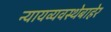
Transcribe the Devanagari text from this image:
न्यायव्यवस्थेबाहेर